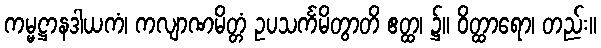
ကမ္မဋ္ဌာနဒါယကံ၊ ကလျာဏမိတ္တံ ဥပသင်္ကမိတွာတိ ဧတ္ထ၊ ၌။ ဝိတ္ထာရော၊ တည်း။